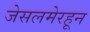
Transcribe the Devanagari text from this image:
जेसलमेरहून